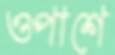
ওপাশে